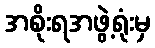
အစိုးရအဖွဲ့ရုံးမှ